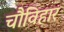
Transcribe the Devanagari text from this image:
चौविहार